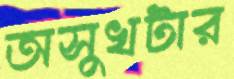
অসুখটার